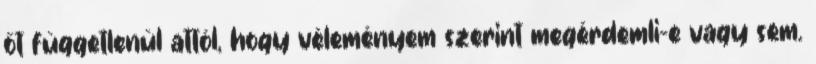
őt függetlenül attól, hogy véleményem szerint megérdemli-e vagy sem.